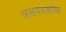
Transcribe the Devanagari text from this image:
लसपर्वशोथ